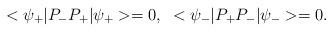
LaTeX: \begin{align*}<\psi_+|P_-P_+|\psi_+> = 0, \;\;<\psi_-|P_+P_-|\psi_-> = 0.\end{align*}